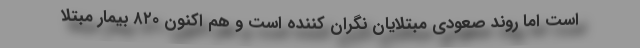
است اما روند صعودی مبتلایان نگران کننده است و هم اکنون ۸۲۰ بیمار مبتلا